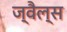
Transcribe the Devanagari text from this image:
ज्वैल्स